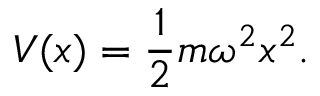
V ( x ) = \frac { 1 } { 2 } m \omega ^ { 2 } x ^ { 2 } .